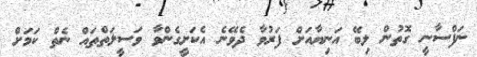
ނަފްސާނީ ގޮތުން ލިބޭ އަނިޔާއަށް ފަރުވާ ދެވޭނެ އެކަށީގެންވާ ވަސީލަތްތައް ނެތް ކަމަށް